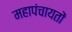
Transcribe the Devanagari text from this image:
महापंचायतों